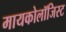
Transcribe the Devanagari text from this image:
मायकोलॉजिस्ट